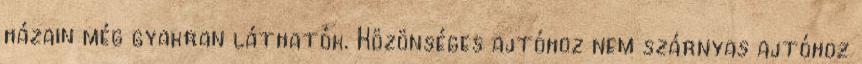
házain még gyakran láthatók. Közönséges ajtóhoz nem szárnyas ajtóhoz